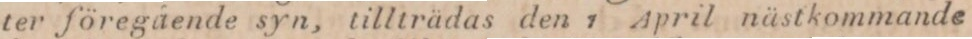
ter föregående syn, tillträdas den 1 April nästkommande